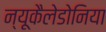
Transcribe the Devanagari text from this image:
न्यूकैलेडोनिया